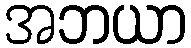
အဘယာ